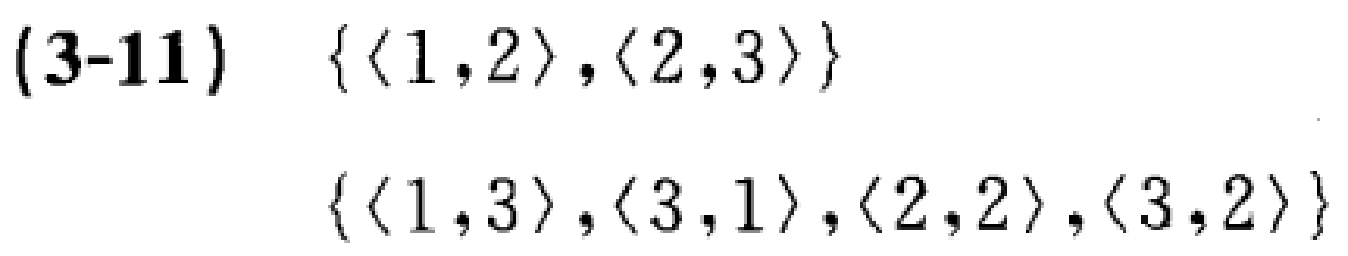
(3-11) \(\{\langle 1,2\rangle,\langle 2,3\rangle\}\)

\(\{\langle 1,3\rangle,\langle 3,1\rangle,\langle 2,2\rangle,\langle 3,2\rangle\}\)